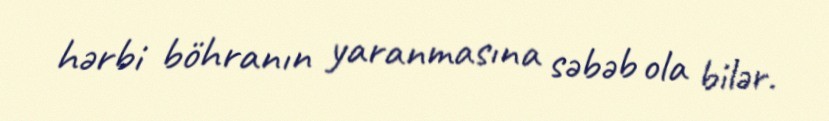
hərbi böhranın yaranmasına səbəb ola bilər.